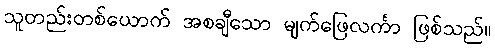
သူတည်းတစ်ယောက် အစချီသော မျက်ဖြေလင်္ကာ ဖြစ်သည်။